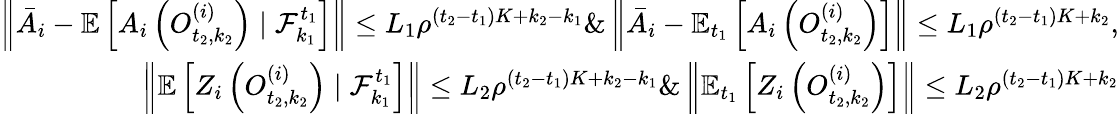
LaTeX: \begin{array}{r}{\left\| \bar{A}_{i}-\mathbb{E}\left[A_{i}\left(O_{t_{2},k_{2}}^{(i)}\right)\mid\mathcal{F}_{k_{1}}^{t_{1}}\right]\right\| \leq L_{1}\rho^{(t_{2}-t_{1})K+k_{2}-k_{1}}\And\left\| \bar{A}_{i}-\mathbb{E}_{t_{1}}\left[A_{i}\left(O_{t_{2},k_{2}}^{(i)}\right)\right]\right\| \leq L_{1}\rho^{(t_{2}-t_{1})K+k_{2}},}\\ {\left\| \mathbb{E}\left[{Z}_{i}\left(O_{t_{2},k_{2}}^{(i)}\right)\mid\mathcal{F}_{k_{1}}^{t_{1}}\right]\right\| \leq L_{2}\rho^{(t_{2}-t_{1})K+k_{2}-k_{1}}\And\left\| \mathbb{E}_{t_{1}}\left[{Z}_{i}\left(O_{t_{2},k_{2}}^{(i)}\right)\right]\right\| \leq L_{2}\rho^{(t_{2}-t_{1})K+k_{2}}}\end{array}